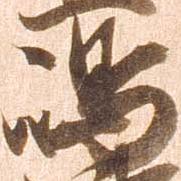
嶋